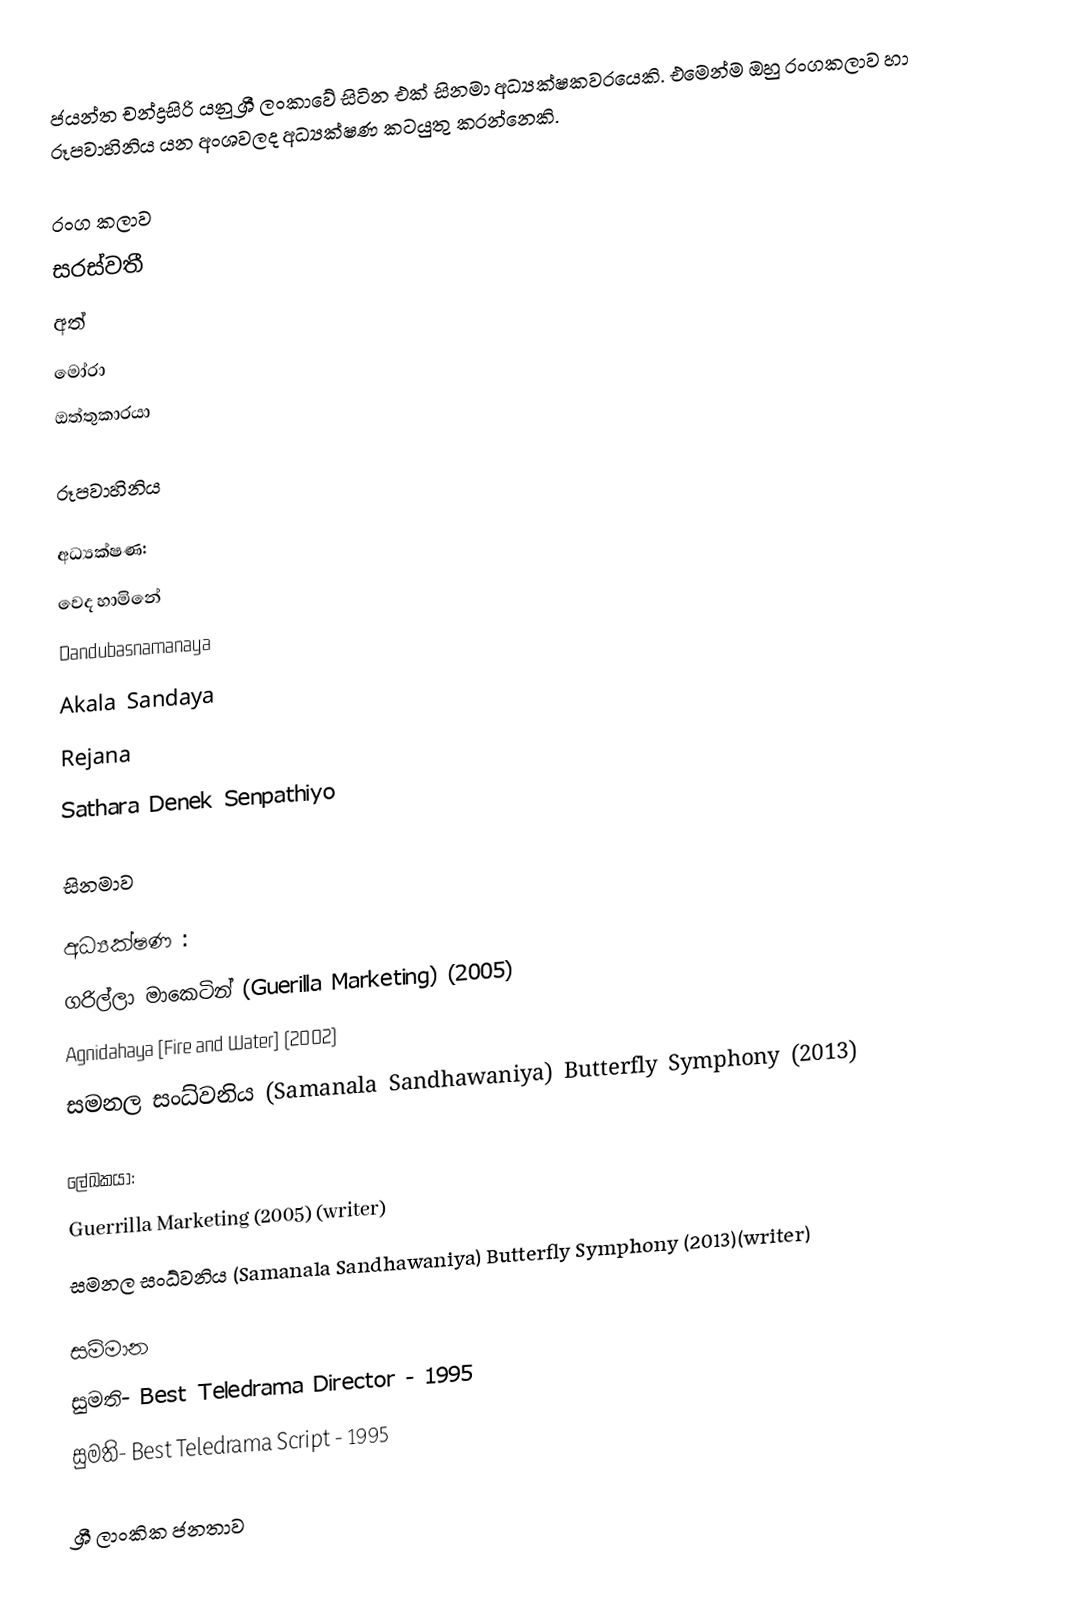
ජයන්ත චන්ද්‍රසිරි  යනු  ශ්‍රී ලංකාවේ සිටින එක් සිනමා අධ්‍යක්ෂකවරයෙකි. එමෙන්ම ඔහු රංගකලාව හා රූපවාහිනිය යන අංශවලද අධ්‍යක්ෂණ කටයුතු කරන්නෙකි.

රංග කලාව
 සරස්වතී
 අත්
 මෝරා
 ඔත්තුකාරයා

රූපවාහිනිය

අධ්‍යක්ෂණ:
 වෙද හාමිනේ
 Dandubasnamanaya
 Akala Sandaya
 Rejana
 Sathara Denek Senpathiyo

සිනමාව

අධ්‍යක්ෂණ :
 ගරිල්ලා මාකෙටින් (Guerilla Marketing) (2005)
 Agnidahaya [Fire and Water] (2002)
 සමනල සංධ්වනිය (Samanala Sandhawaniya) Butterfly Symphony (2013)

ලේඛකයා:
 Guerrilla Marketing (2005) (writer)
 සමනල සංධ්වනිය (Samanala Sandhawaniya) Butterfly Symphony (2013)(writer)

සම්මාන
 සුමති- Best Teledrama Director - 1995
 සුමති- Best Teledrama Script - 1995

ශ්‍රී ලාංකික ජනතාව